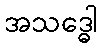
အသဒ္ဓေါ